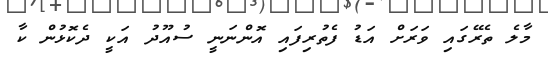
މާލެ ތެރޭގައި ވަރަށް އަޑު ފެތުރިފައި އޮންނަނީ ސުއޫދު އަކީ ދެކޮޅުން ކާ